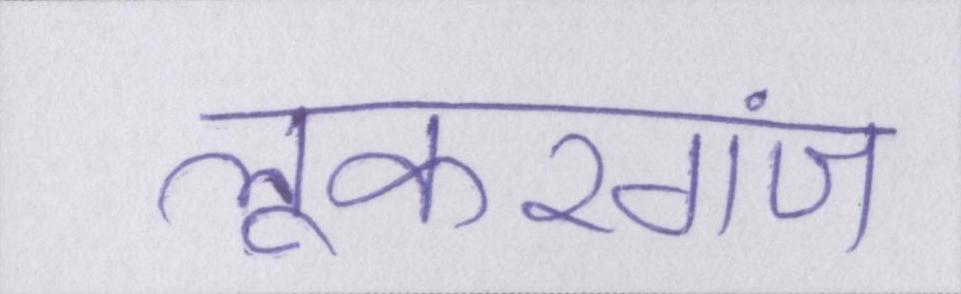
लूकरगंज